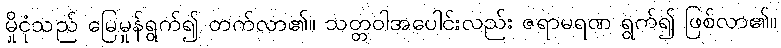
မှိုငုံသည် မြေမှုန်ရွက်၍ တက်လာ၏။ သတ္တဝါအပေါင်းလည်း ဇရာမရဏ ရွက်၍ ဖြစ်လာ၏။